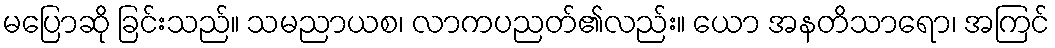
မပြောဆို ခြင်းသည်။ သမညာယစ၊ လာကပညတ်၏လည်း။ ယော အနတိသာရော၊ အကြင်